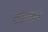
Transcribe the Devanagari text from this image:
टालान